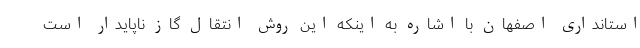
استانداری اصفهان با اشاره به اینکه این روش انتقال گاز ناپایدار است